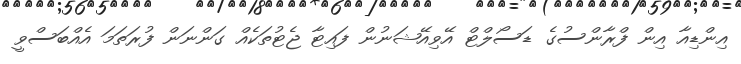
އިންޑިއާ އިން ފްރާންސުގެ ޑަސޯލްޓް އޭވިއޭޝަނުން ފައިޓާ ޖެޓުތަކެއް ގަންނަން ފުރަތަމަ އެއްބަސްވީ